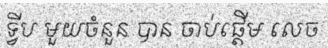
ទ្វីប មួយចំនួន បាន ចាប់ផ្តើម លេច